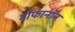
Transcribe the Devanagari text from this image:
गोफानॉन